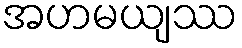
အဟမယျဿ